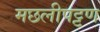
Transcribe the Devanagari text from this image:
मछलीपट्टण